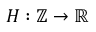
H : \mathbb { Z } \to \mathbb { R }